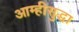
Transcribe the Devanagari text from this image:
आम्हीसुद्धा